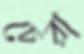
চেরা